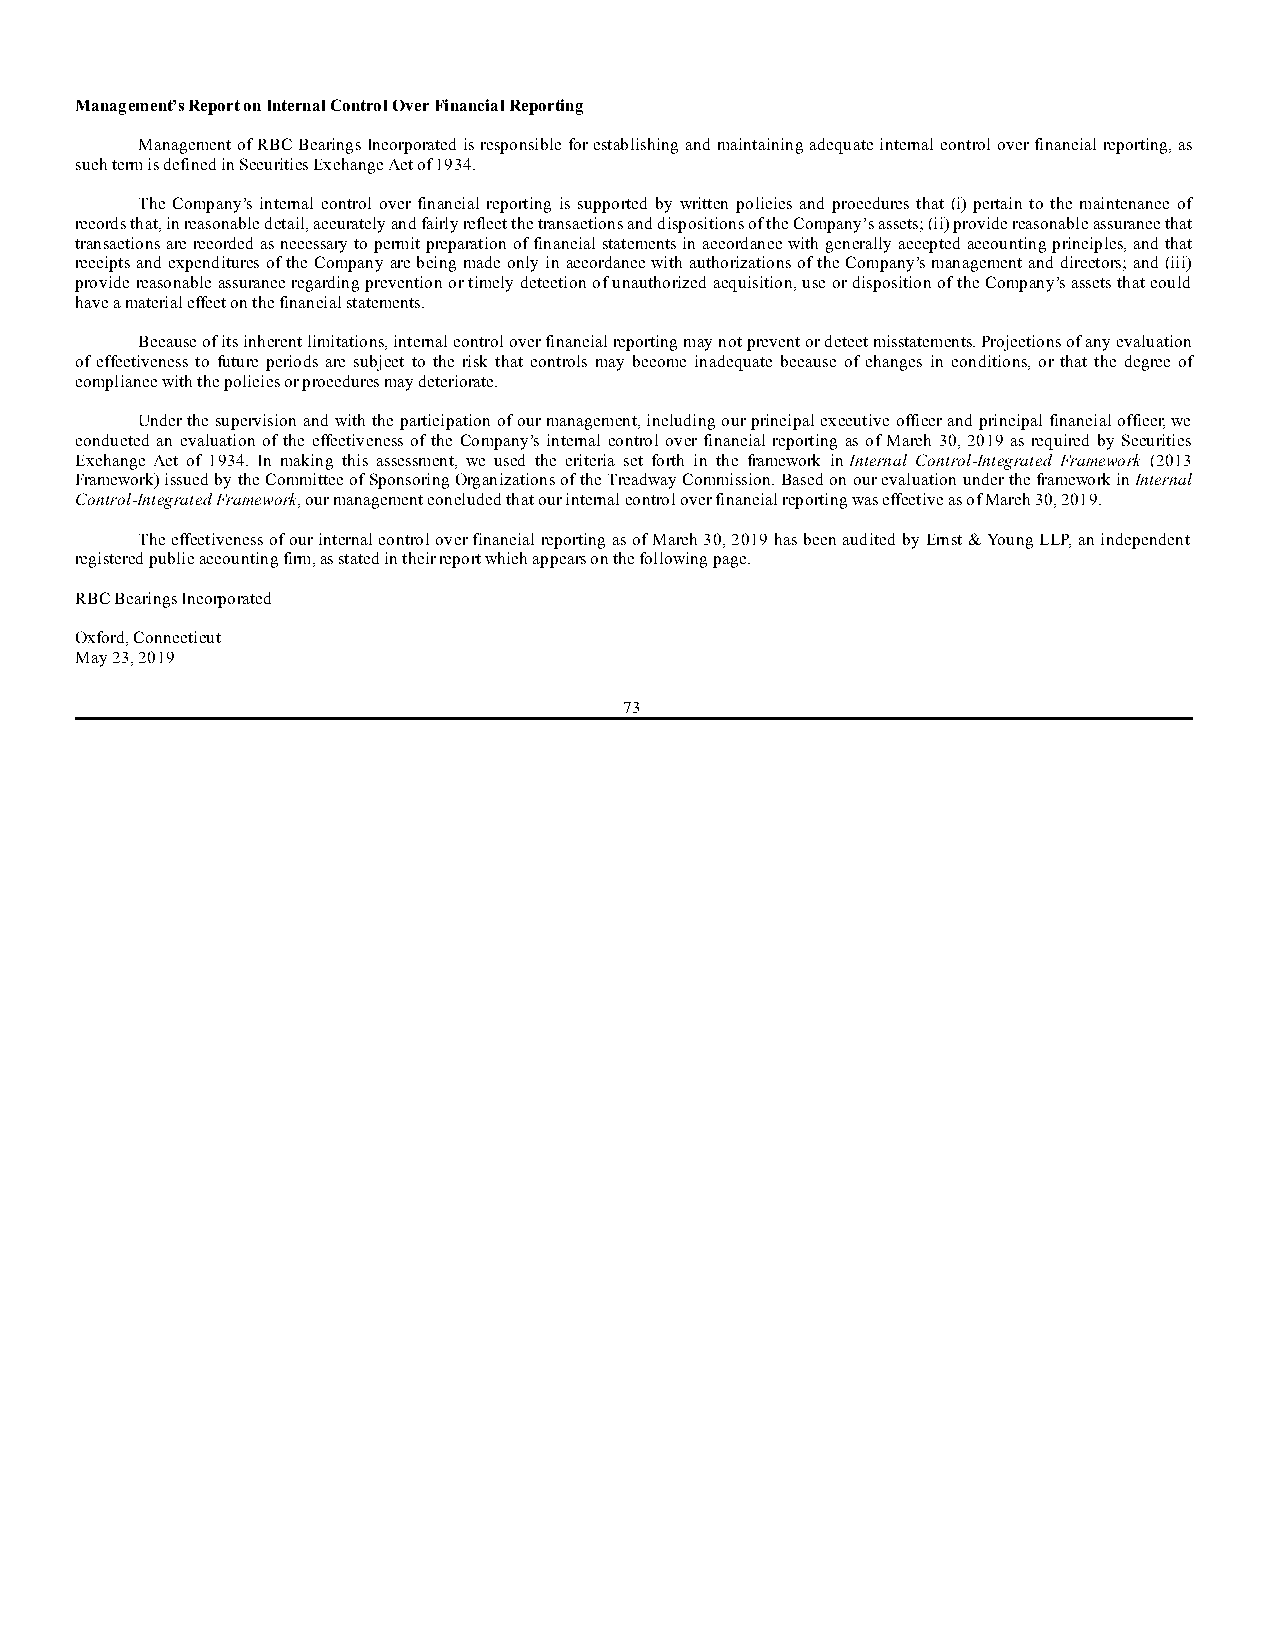
Management’s Report on Internal Control Over Financial Reporting
 Management of RBC Bearings Incorporated is responsible for establishing and maintaining adequate internal control over financial reporting, as
 such term is defined in Securities Exchange Act of 1934.
 The Company’s internal control over financial reporting is supported by written policies and procedures that (i) pertain to the maintenance of
 records that, in reasonable detail, accurately and fairly reflect the transactions and dispositions of the Company’s assets; (ii) provide reasonable assurance that
 transactions are recorded as necessary to permit preparation of financial statements in accordance with generally accepted accounting principles, and that
 receipts and expenditures of the Company are being made only in accordance with authorizations of the Company’s management and directors; and (iii)
 provide reasonable assurance regarding prevention or timely detection of unauthorized acquisition, use or disposition of the Company’s assets that could
 have a material effect on the financial statements.
 Because of its inherent limitations, internal control over financial reporting may not prevent or detect misstatements. Projections of any evaluation
 of effectiveness to future periods are subject to the risk that controls may become inadequate because of changes in conditions, or that the degree of
 compliance with the policies or procedures may deteriorate.
 Under the supervision and with the participation of our management, including our principal executive officer and principal financial officer, we
 conducted an evaluation of the effectiveness of the Company’s internal control over financial reporting as of March 30, 2019 as required by Securities
 Exchange Act of 1934. In making this assessment, we used the criteria set forth in the framework in Internal Control-Integrated Framework (2013
 Framework) issued by the Committee of Sponsoring Organizations of the Treadway Commission. Based on our evaluation under the framework in Internal
 Control-Integrated Framework, our management concluded that our internal control over financial reporting was effective as of March 30, 2019.
 The effectiveness of our internal control over financial reporting as of March 30, 2019 has been audited by Ernst & Young LLP, an independent
 registered public accounting firm, as stated in their report which appears on the following page.
 RBC Bearings Incorporated
 Oxford, Connecticut
 May 23, 2019
 73